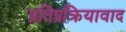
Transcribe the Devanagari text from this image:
प्रतिप्रक्रियावाद